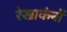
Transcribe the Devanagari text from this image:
रेखाकंनों